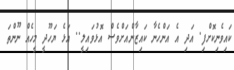
ކައިވެނިކޮށްފި. އަދި އެ އަންހެނާ ކައިޒާންއަށްވެސް އޮޅުވައިލީ.. އަޅެ ޔަހޫދީ މީހެއް ނޫންތަ